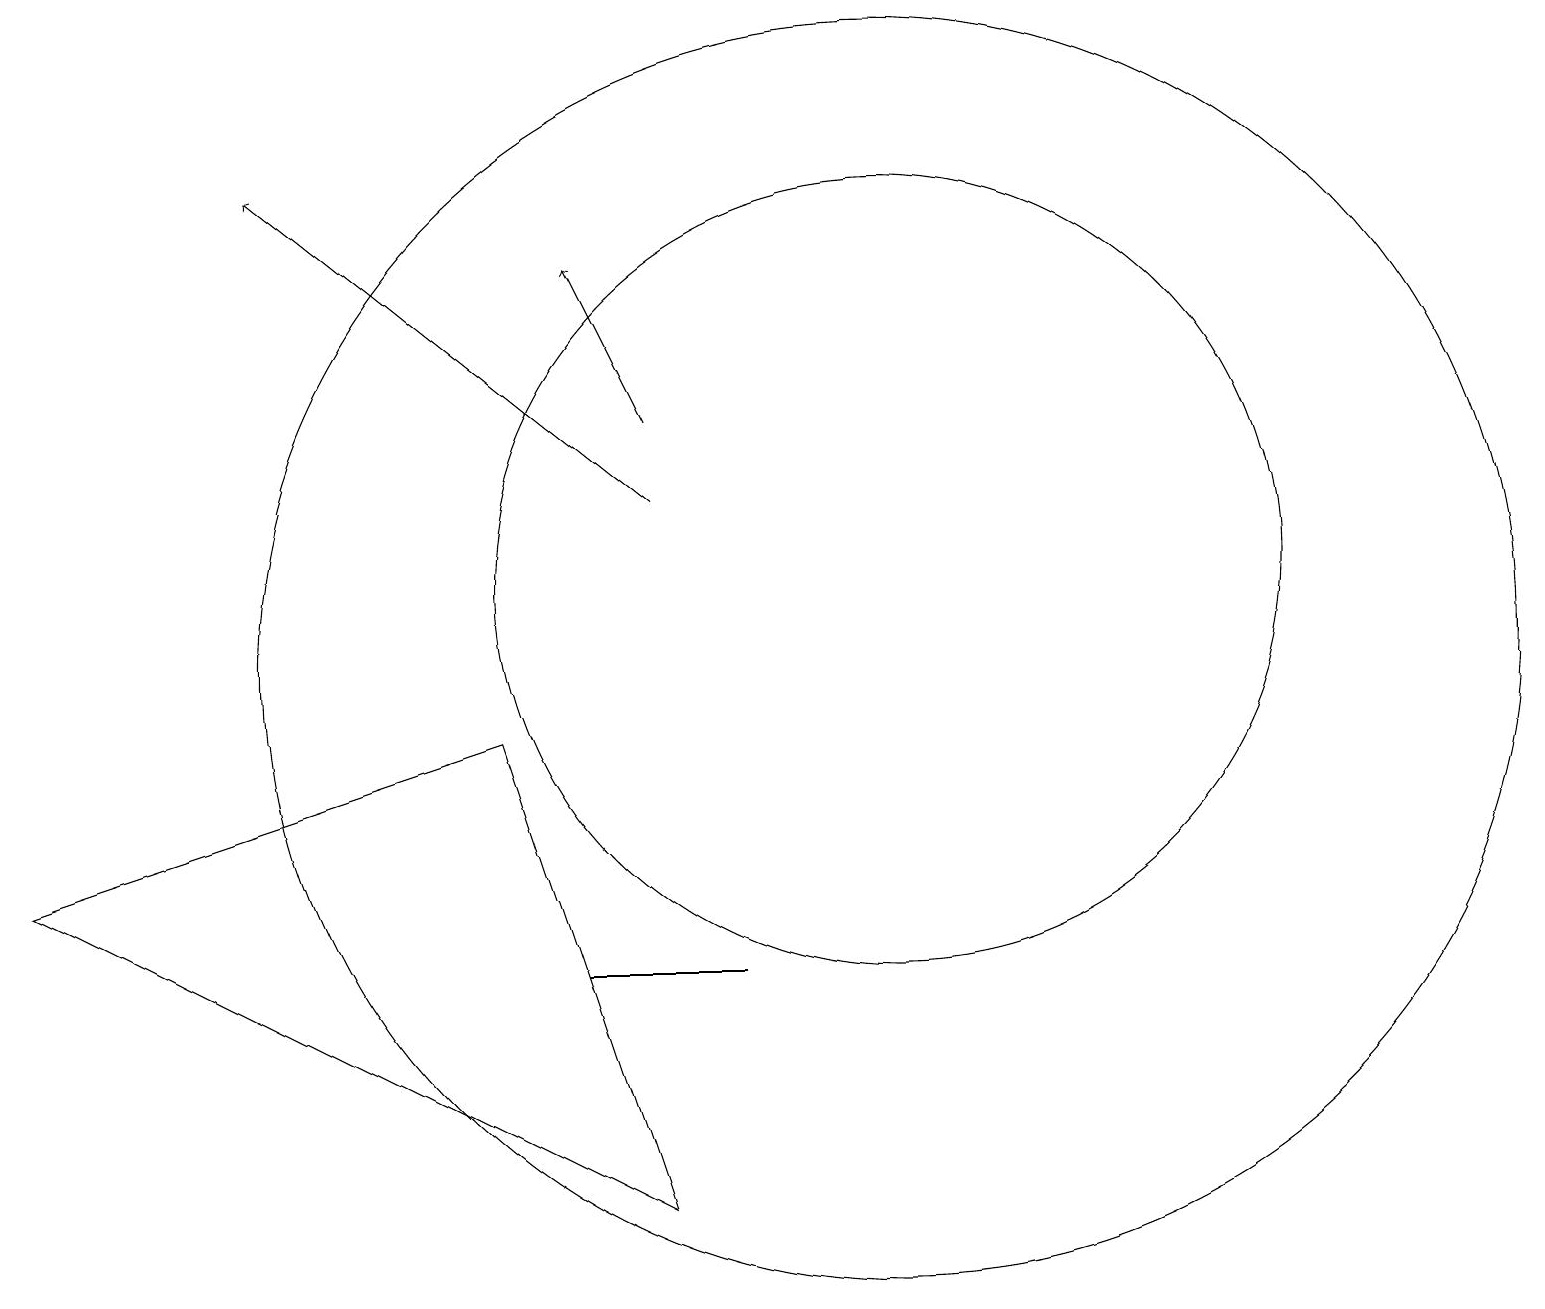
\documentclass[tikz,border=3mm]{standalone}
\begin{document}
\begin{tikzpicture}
\draw (11,11) circle (5);
\draw[->] (8,13) -- (7,15);
\draw (6,9) -- (8,3) -- (0,7) -- cycle;
\draw (7,6) -- (8,6) -- (9,6) -- cycle;
\draw[->] (8,12) -- (3,16);
\draw (11,10) circle (8);
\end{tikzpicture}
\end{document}